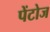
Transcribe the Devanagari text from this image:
पेंटोज